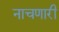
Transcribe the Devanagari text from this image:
नाचणारी